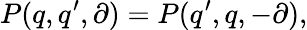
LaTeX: P(q,q^{\prime},\partial)=P(q^{\prime},q,-\partial),